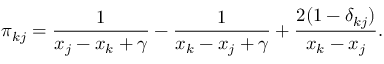
\pi _ { k j } = \frac { 1 } { x _ { j } - x _ { k } + \gamma } - \frac { 1 } { x _ { k } - x _ { j } + \gamma } + \frac { 2 ( 1 - \delta _ { k j } ) } { x _ { k } - x _ { j } } .